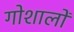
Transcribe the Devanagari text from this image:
गोशालों